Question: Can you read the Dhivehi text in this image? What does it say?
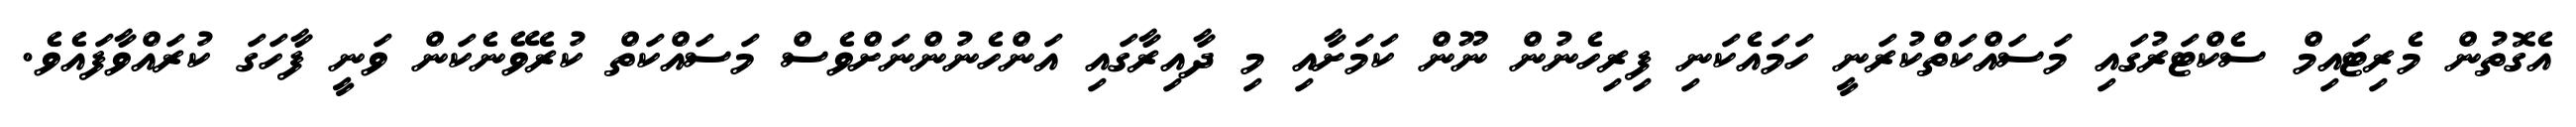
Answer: އެގޮތުން މެރިޓައިމް ސެކްޓަރުގައި މަސައްކަތްކުރަނީ ހަމައެކަނި ފިރިހެނުން ނޫން ކަމަށާއި މި ދާއިރާގައި އަންހެނުންނަށްވެސް މަސައްކަތް ކުރެވޭނެކަން ވަނީ ފާހަގަ ކުރައްވާފައެވެ.